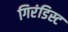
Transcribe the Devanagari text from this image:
गिरंडिस्ट